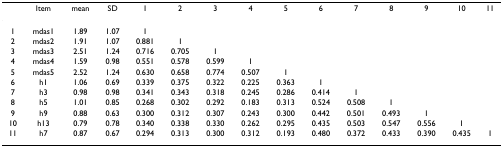
|  | Item | mean | SD | 1 | 2 | 3 | 4 | 5 | 6 | 7 | 8 | 9 | 10 | 11 |
 | --- | --- | --- | --- | --- | --- | --- | --- | --- | --- | --- | --- | --- | --- | --- |
 | 1 | mdas1 | 1.89 | 1.07 | 1 |  |  |  |  |  |  |  |  |  |  |
 | 2 | mdas2 | 1.91 | 1.07 | 0.881 | 1 |  |  |  |  |  |  |  |  |  |
 | 3 | mdas3 | 2.51 | 1.24 | 0.716 | 0.705 | 1 |  |  |  |  |  |  |  |  |
 | 4 | mdas4 | 1.59 | 0.98 | 0.551 | 0.578 | 0.599 | 1 |  |  |  |  |  |  |  |
 | 5 | mdas5 | 2.52 | 1.24 | 0.630 | 0.658 | 0.774 | 0.507 | 1 |  |  |  |  |  |  |
 | 6 | h1 | 1.06 | 0.69 | 0.339 | 0.375 | 0.322 | 0.225 | 0.363 | 1 |  |  |  |  |  |
 | 7 | h3 | 0.98 | 0.98 | 0.341 | 0.343 | 0.318 | 0.245 | 0.286 | 0.414 | 1 |  |  |  |  |
 | 8 | h5 | 1.01 | 0.85 | 0.268 | 0.302 | 0.292 | 0.183 | 0.313 | 0.524 | 0.508 | 1 |  |  |  |
 | 9 | h9 | 0.88 | 0.63 | 0.300 | 0.312 | 0.307 | 0.243 | 0.300 | 0.442 | 0.501 | 0.493 | 1 |  |  |
 | 10 | h13 | 0.79 | 0.78 | 0.340 | 0.338 | 0.330 | 0.262 | 0.295 | 0.435 | 0.503 | 0.547 | 0.556 | 1 |  |
 | 11 | h7 | 0.87 | 0.67 | 0.294 | 0.313 | 0.300 | 0.312 | 0.193 | 0.480 | 0.372 | 0.433 | 0.390 | 0.435 | 1 |